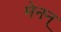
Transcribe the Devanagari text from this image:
मेनन्